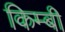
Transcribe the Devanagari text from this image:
किम्बी